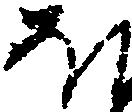
ほ